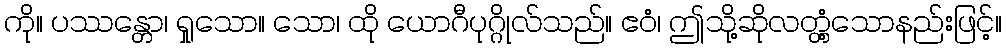
ကို။ ပဿန္တော၊ ရှုသော။ သော၊ ထို ယောဂီပုဂ္ဂိုလ်သည်။ ဧဝံ၊ ဤသို့ဆိုလတ္တံ့သောနည်းဖြင့်။